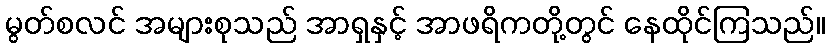
မွတ်စလင် အများစုသည် အာရှနှင့် အာဖရိကတို့တွင် နေထိုင်ကြသည်။